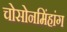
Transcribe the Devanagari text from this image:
चोसोनमिंहांग